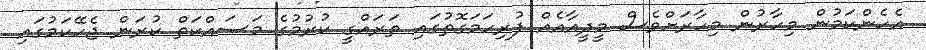
އެހެންކަމުން މިހާރުން މިހާރަށްވެސް މީދީއާއެއް ފުރިހަމަގޮތުގައި ތަރައްގީ ކުރުމުގެ މަސައްކަތް ކުރަން ޖެހޭކަމުގައި